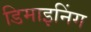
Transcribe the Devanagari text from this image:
डिमाइनिंग